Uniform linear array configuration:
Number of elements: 4
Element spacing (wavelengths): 0.5
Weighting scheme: uniform
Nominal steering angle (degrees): -60
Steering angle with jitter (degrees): -59.548
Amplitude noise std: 0.05
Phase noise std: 0.05

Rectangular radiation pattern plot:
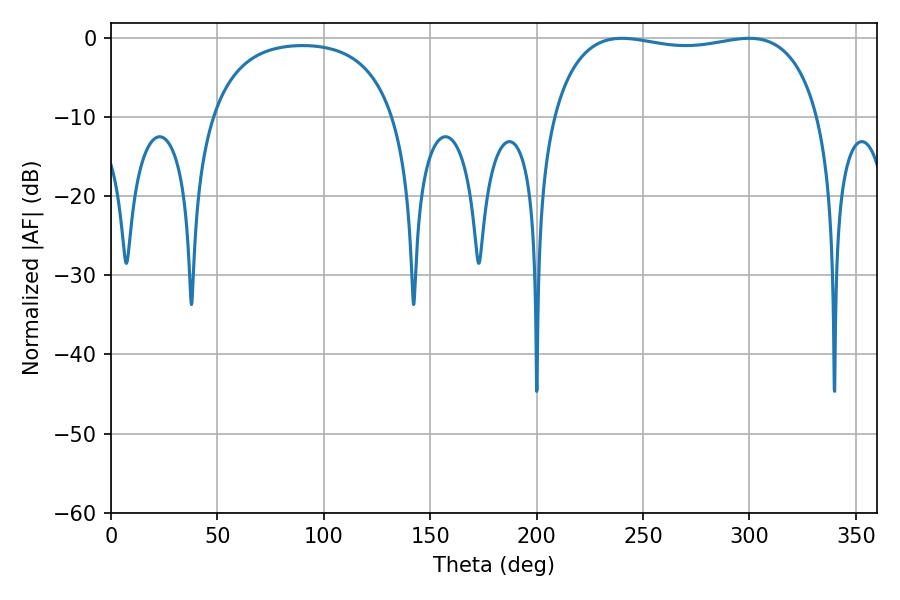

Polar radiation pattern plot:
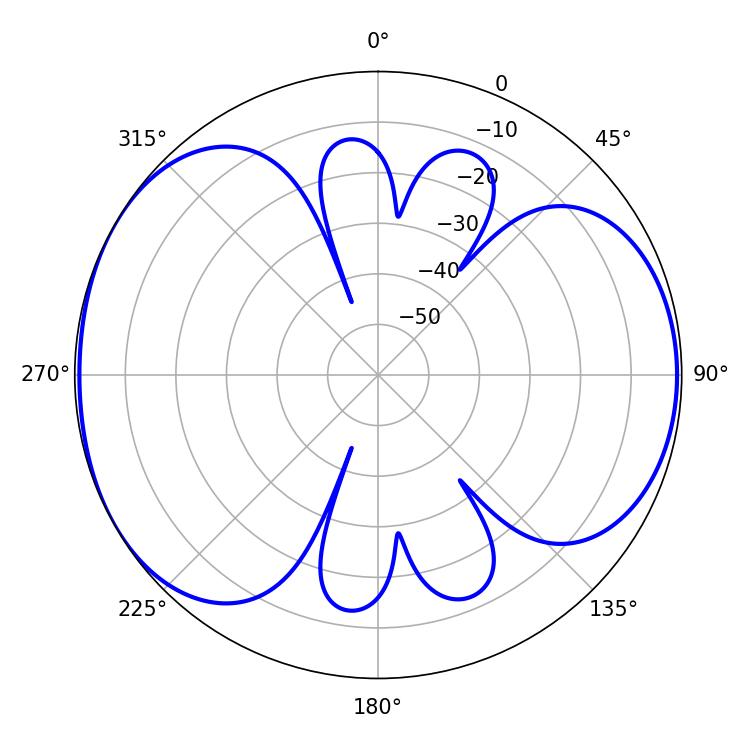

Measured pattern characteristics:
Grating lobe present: FALSE
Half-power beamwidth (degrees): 101.52
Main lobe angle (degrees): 240.12